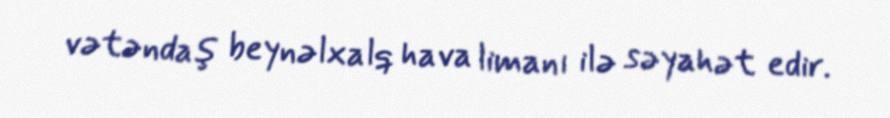
vətəndaş beynəlxalq hava limanı ilə səyahət edir.